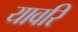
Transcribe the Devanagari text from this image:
यावरि